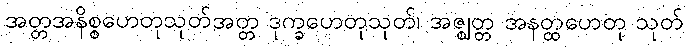
အတ္တအနိစ္စဟေတုသုတ်အတ္တ ဒုက္ခဟေတုသုတ်၊ အဇ္ဈတ္တ အနတ္ထဟေတု သုတ်